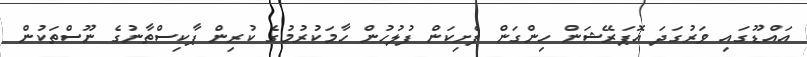
އައްޑޫގައި ވަރުގަދަ އޮޕަރޭޝަން ހިންގަން ފެށިކަން ފުލުހުން ހާމަކުރުމުގެ ކުރިން ޕާކިސްތާނުގެ ނޫސްތަކުން